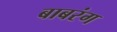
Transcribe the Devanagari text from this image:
बाबरंग